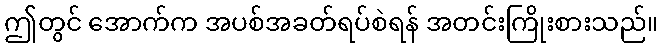
ဤတွင် အောက်က အပစ်အခတ်ရပ်စဲရန် အတင်းကြိုးစားသည်။